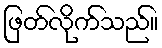
ဖြတ်လိုက်သည်။